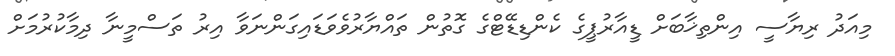
މިއަދު ރިޔާސީ އިންތިޚާބަށް ޑީއާރުޕީގެ ކެންޑިޑޭޓްގެ ގޮތުން ތައްޔާރުވެވަޑައިގަންނަވާ އިރު ތަސްމީނާ ދިމާކުރުމަށް